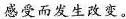
感受而发生改变。